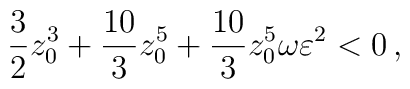
{3 \over 2}z_0 ^3 +{{10}\over 3} z_0 ^5 + {{10}\over 3} z_0 ^5 \omega\varepsilon^2 <0 \, ,